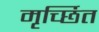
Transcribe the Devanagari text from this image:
मृर्च्छित